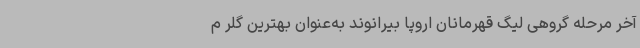
آخر مرحله گروهی لیگ قهرمانان اروپا بیرانوند به‌عنوان بهترین گلر م